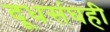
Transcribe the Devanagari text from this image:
दूधसंघही